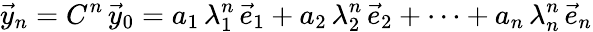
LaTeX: {\vec{y}}_{n}=C^{n}\, {\vec{y}}_{0}=a_{1}\, \lambda_{1}^{n}\, {\vec{e}}_{1}+a_{2}\, \lambda_{2}^{n}\, {\vec{e}}_{2}+\cdots+a_{n}\, \lambda_{n}^{n}\, {\vec{e}}_{n}